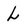
Character: L